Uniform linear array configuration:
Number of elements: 8
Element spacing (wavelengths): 0.75
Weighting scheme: blackman
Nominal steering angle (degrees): -60
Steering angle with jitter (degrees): -59.643
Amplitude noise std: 0.05
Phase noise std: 0.05

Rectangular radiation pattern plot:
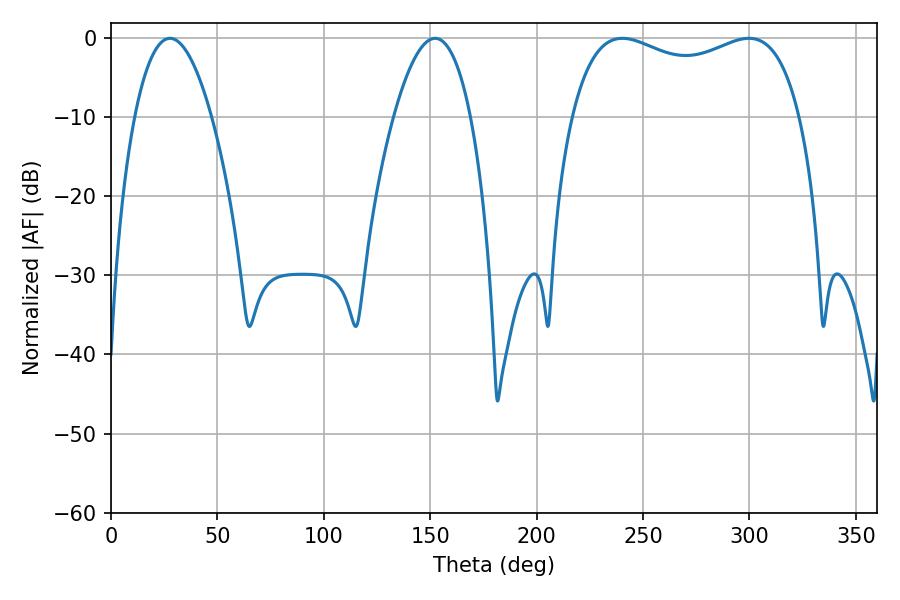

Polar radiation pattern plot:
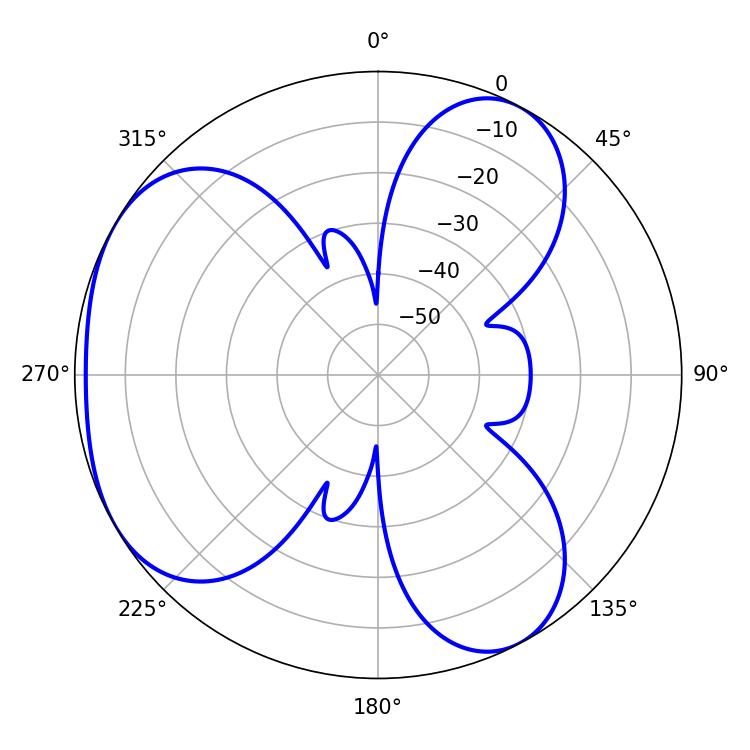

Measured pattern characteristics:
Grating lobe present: TRUE
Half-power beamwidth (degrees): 19.98
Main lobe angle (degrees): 27.72